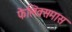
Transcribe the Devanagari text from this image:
फेलिक्समास